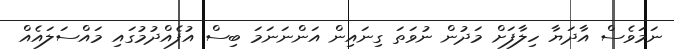
ނަމަވެސް އާދަޔާ ހިލާފަށް މަދުން ނުވަތަ ގިނައިން އަންނަނަމަ ބިސް އުފެއްދުމުގައި މައްސަލައެއް